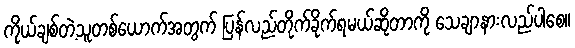
ကိုယ်ချစ်တဲ့သူတစ်ယောက်အတွက် ပြန်လည်တိုက်ခိုက်ရမယ်ဆိုတာကို သေချာနားလည်ပါစေ။